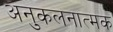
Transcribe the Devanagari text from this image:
अनुकलनात्मक